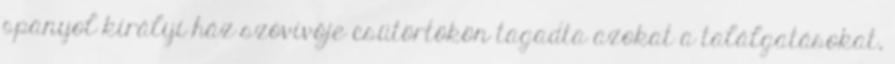
spanyol királyi ház szóvivője csütörtökön tagadta azokat a találgatásokat,